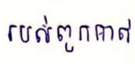
របស់ពួកគាត់